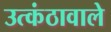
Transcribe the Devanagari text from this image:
उत्कंठावाले